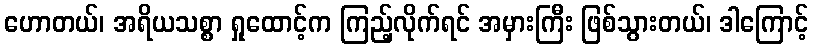
ဟောတယ်၊ အရိယသစ္စာ ရှုထောင့်က ကြည့်လိုက်ရင် အမှားကြီး ဖြစ်သွားတယ်၊ ဒါကြောင့်